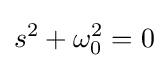
s^{2}+\omega _{0}^{2}=0